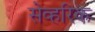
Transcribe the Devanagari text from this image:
सेव्हरिक